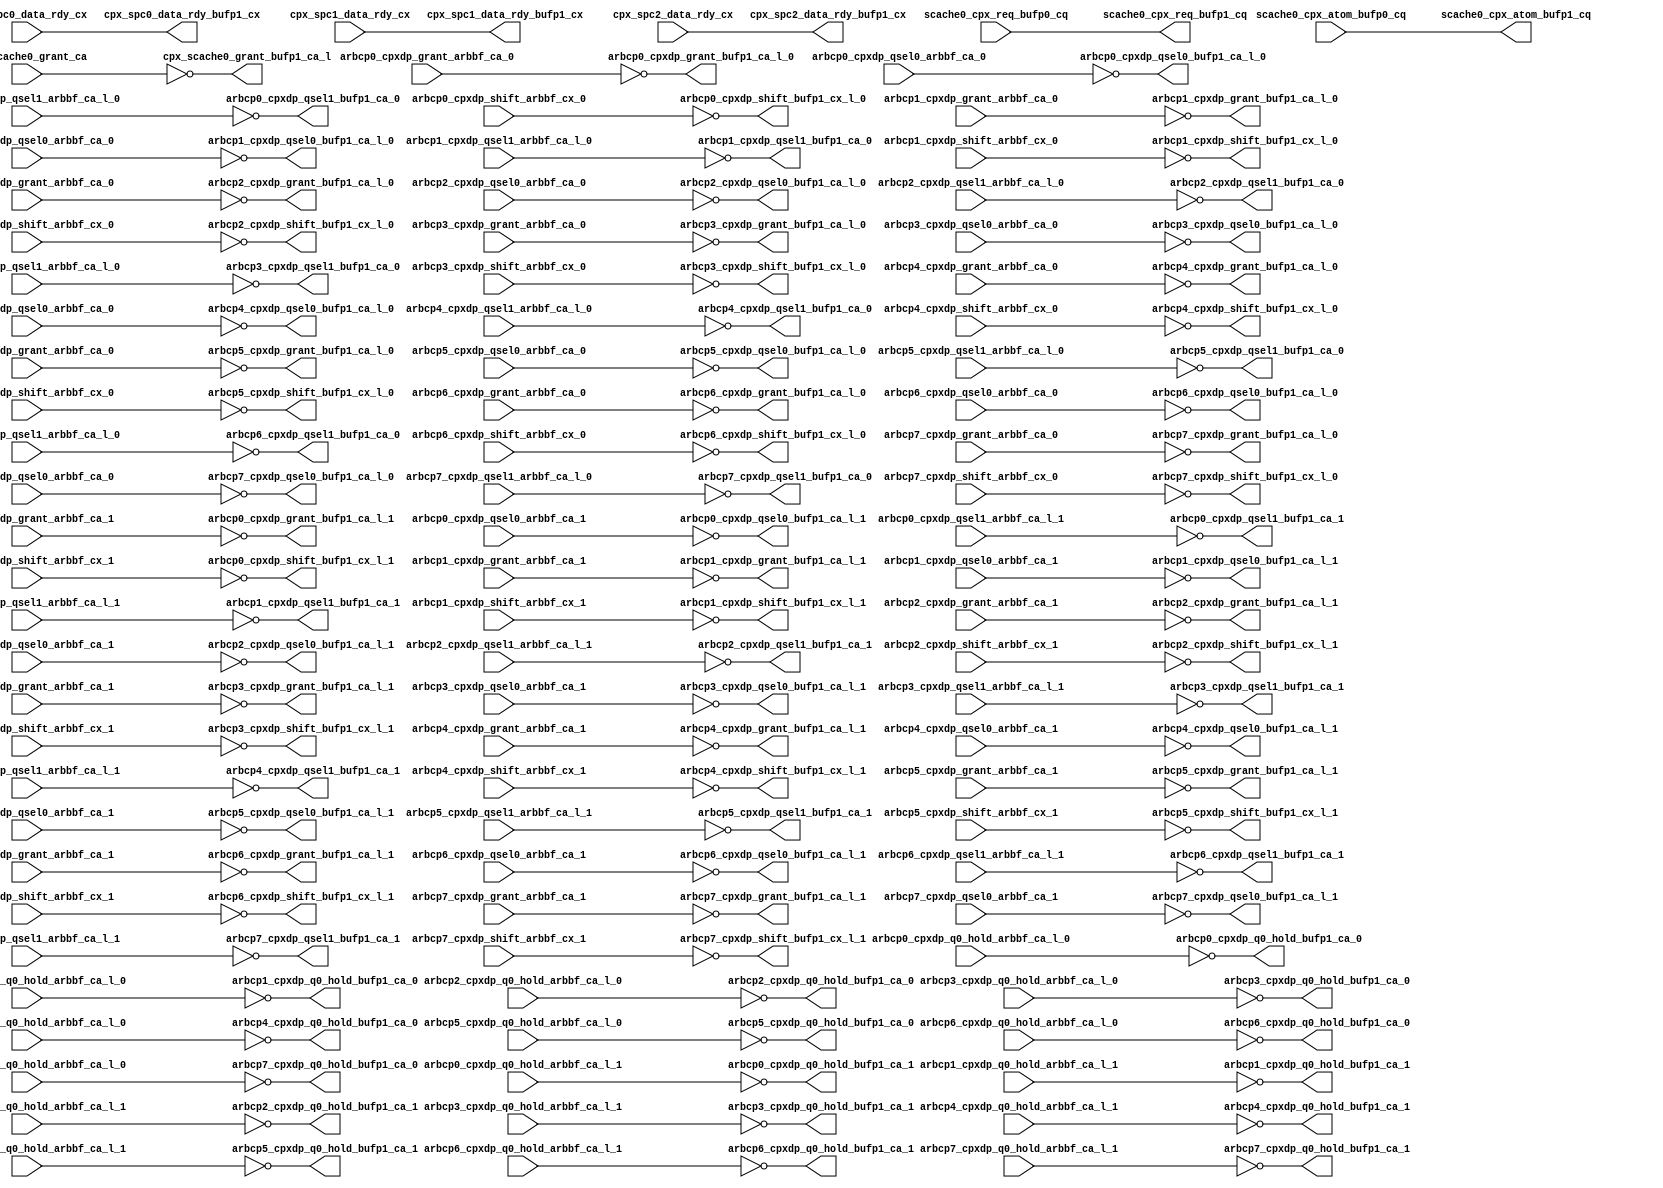
module cpx_buf_p1(/*AUTOARG*/
   // Outputs
   scache0_cpx_req_bufp1_cq, scache0_cpx_atom_bufp1_cq, 
   cpx_scache0_grant_bufp1_ca_l, cpx_spc0_data_rdy_bufp1_cx, 
   cpx_spc1_data_rdy_bufp1_cx, cpx_spc2_data_rdy_bufp1_cx, 
   arbcp0_cpxdp_grant_bufp1_ca_l_0, arbcp0_cpxdp_q0_hold_bufp1_ca_0, 
   arbcp0_cpxdp_qsel0_bufp1_ca_l_0, arbcp0_cpxdp_qsel1_bufp1_ca_0, 
   arbcp0_cpxdp_shift_bufp1_cx_l_0, arbcp1_cpxdp_grant_bufp1_ca_l_0, 
   arbcp1_cpxdp_q0_hold_bufp1_ca_0, arbcp1_cpxdp_qsel0_bufp1_ca_l_0, 
   arbcp1_cpxdp_qsel1_bufp1_ca_0, arbcp1_cpxdp_shift_bufp1_cx_l_0, 
   arbcp2_cpxdp_grant_bufp1_ca_l_0, arbcp2_cpxdp_q0_hold_bufp1_ca_0, 
   arbcp2_cpxdp_qsel0_bufp1_ca_l_0, arbcp2_cpxdp_qsel1_bufp1_ca_0, 
   arbcp2_cpxdp_shift_bufp1_cx_l_0, arbcp3_cpxdp_grant_bufp1_ca_l_0, 
   arbcp3_cpxdp_q0_hold_bufp1_ca_0, arbcp3_cpxdp_qsel0_bufp1_ca_l_0, 
   arbcp3_cpxdp_qsel1_bufp1_ca_0, arbcp3_cpxdp_shift_bufp1_cx_l_0, 
   arbcp4_cpxdp_grant_bufp1_ca_l_0, arbcp4_cpxdp_q0_hold_bufp1_ca_0, 
   arbcp4_cpxdp_qsel0_bufp1_ca_l_0, arbcp4_cpxdp_qsel1_bufp1_ca_0, 
   arbcp4_cpxdp_shift_bufp1_cx_l_0, arbcp5_cpxdp_grant_bufp1_ca_l_0, 
   arbcp5_cpxdp_q0_hold_bufp1_ca_0, arbcp5_cpxdp_qsel0_bufp1_ca_l_0, 
   arbcp5_cpxdp_qsel1_bufp1_ca_0, arbcp5_cpxdp_shift_bufp1_cx_l_0, 
   arbcp6_cpxdp_grant_bufp1_ca_l_0, arbcp6_cpxdp_q0_hold_bufp1_ca_0, 
   arbcp6_cpxdp_qsel0_bufp1_ca_l_0, arbcp6_cpxdp_qsel1_bufp1_ca_0, 
   arbcp6_cpxdp_shift_bufp1_cx_l_0, arbcp7_cpxdp_grant_bufp1_ca_l_0, 
   arbcp7_cpxdp_q0_hold_bufp1_ca_0, arbcp7_cpxdp_qsel0_bufp1_ca_l_0, 
   arbcp7_cpxdp_qsel1_bufp1_ca_0, arbcp7_cpxdp_shift_bufp1_cx_l_0, 
   arbcp0_cpxdp_grant_bufp1_ca_l_1, arbcp0_cpxdp_q0_hold_bufp1_ca_1, 
   arbcp0_cpxdp_qsel0_bufp1_ca_l_1, arbcp0_cpxdp_qsel1_bufp1_ca_1, 
   arbcp0_cpxdp_shift_bufp1_cx_l_1, arbcp1_cpxdp_grant_bufp1_ca_l_1, 
   arbcp1_cpxdp_q0_hold_bufp1_ca_1, arbcp1_cpxdp_qsel0_bufp1_ca_l_1, 
   arbcp1_cpxdp_qsel1_bufp1_ca_1, arbcp1_cpxdp_shift_bufp1_cx_l_1, 
   arbcp2_cpxdp_grant_bufp1_ca_l_1, arbcp2_cpxdp_q0_hold_bufp1_ca_1, 
   arbcp2_cpxdp_qsel0_bufp1_ca_l_1, arbcp2_cpxdp_qsel1_bufp1_ca_1, 
   arbcp2_cpxdp_shift_bufp1_cx_l_1, arbcp3_cpxdp_grant_bufp1_ca_l_1, 
   arbcp3_cpxdp_q0_hold_bufp1_ca_1, arbcp3_cpxdp_qsel0_bufp1_ca_l_1, 
   arbcp3_cpxdp_qsel1_bufp1_ca_1, arbcp3_cpxdp_shift_bufp1_cx_l_1, 
   arbcp4_cpxdp_grant_bufp1_ca_l_1, arbcp4_cpxdp_q0_hold_bufp1_ca_1, 
   arbcp4_cpxdp_qsel0_bufp1_ca_l_1, arbcp4_cpxdp_qsel1_bufp1_ca_1, 
   arbcp4_cpxdp_shift_bufp1_cx_l_1, arbcp5_cpxdp_grant_bufp1_ca_l_1, 
   arbcp5_cpxdp_q0_hold_bufp1_ca_1, arbcp5_cpxdp_qsel0_bufp1_ca_l_1, 
   arbcp5_cpxdp_qsel1_bufp1_ca_1, arbcp5_cpxdp_shift_bufp1_cx_l_1, 
   arbcp6_cpxdp_grant_bufp1_ca_l_1, arbcp6_cpxdp_q0_hold_bufp1_ca_1, 
   arbcp6_cpxdp_qsel0_bufp1_ca_l_1, arbcp6_cpxdp_qsel1_bufp1_ca_1, 
   arbcp6_cpxdp_shift_bufp1_cx_l_1, arbcp7_cpxdp_grant_bufp1_ca_l_1, 
   arbcp7_cpxdp_q0_hold_bufp1_ca_1, arbcp7_cpxdp_qsel0_bufp1_ca_l_1, 
   arbcp7_cpxdp_qsel1_bufp1_ca_1, arbcp7_cpxdp_shift_bufp1_cx_l_1, 
   // Inputs
   scache0_cpx_req_bufp0_cq, scache0_cpx_atom_bufp0_cq, 
   cpx_scache0_grant_ca, cpx_spc0_data_rdy_cx, cpx_spc1_data_rdy_cx, 
   cpx_spc2_data_rdy_cx, arbcp0_cpxdp_grant_arbbf_ca_0, 
   arbcp0_cpxdp_q0_hold_arbbf_ca_l_0, arbcp0_cpxdp_qsel0_arbbf_ca_0, 
   arbcp0_cpxdp_qsel1_arbbf_ca_l_0, arbcp0_cpxdp_shift_arbbf_cx_0, 
   arbcp1_cpxdp_grant_arbbf_ca_0, arbcp1_cpxdp_q0_hold_arbbf_ca_l_0, 
   arbcp1_cpxdp_qsel0_arbbf_ca_0, arbcp1_cpxdp_qsel1_arbbf_ca_l_0, 
   arbcp1_cpxdp_shift_arbbf_cx_0, arbcp2_cpxdp_grant_arbbf_ca_0, 
   arbcp2_cpxdp_q0_hold_arbbf_ca_l_0, arbcp2_cpxdp_qsel0_arbbf_ca_0, 
   arbcp2_cpxdp_qsel1_arbbf_ca_l_0, arbcp2_cpxdp_shift_arbbf_cx_0, 
   arbcp3_cpxdp_grant_arbbf_ca_0, arbcp3_cpxdp_q0_hold_arbbf_ca_l_0, 
   arbcp3_cpxdp_qsel0_arbbf_ca_0, arbcp3_cpxdp_qsel1_arbbf_ca_l_0, 
   arbcp3_cpxdp_shift_arbbf_cx_0, arbcp4_cpxdp_grant_arbbf_ca_0, 
   arbcp4_cpxdp_q0_hold_arbbf_ca_l_0, arbcp4_cpxdp_qsel0_arbbf_ca_0, 
   arbcp4_cpxdp_qsel1_arbbf_ca_l_0, arbcp4_cpxdp_shift_arbbf_cx_0, 
   arbcp5_cpxdp_grant_arbbf_ca_0, arbcp5_cpxdp_q0_hold_arbbf_ca_l_0, 
   arbcp5_cpxdp_qsel0_arbbf_ca_0, arbcp5_cpxdp_qsel1_arbbf_ca_l_0, 
   arbcp5_cpxdp_shift_arbbf_cx_0, arbcp6_cpxdp_grant_arbbf_ca_0, 
   arbcp6_cpxdp_q0_hold_arbbf_ca_l_0, arbcp6_cpxdp_qsel0_arbbf_ca_0, 
   arbcp6_cpxdp_qsel1_arbbf_ca_l_0, arbcp6_cpxdp_shift_arbbf_cx_0, 
   arbcp7_cpxdp_grant_arbbf_ca_0, arbcp7_cpxdp_q0_hold_arbbf_ca_l_0, 
   arbcp7_cpxdp_qsel0_arbbf_ca_0, arbcp7_cpxdp_qsel1_arbbf_ca_l_0, 
   arbcp7_cpxdp_shift_arbbf_cx_0, arbcp0_cpxdp_grant_arbbf_ca_1, 
   arbcp0_cpxdp_q0_hold_arbbf_ca_l_1, arbcp0_cpxdp_qsel0_arbbf_ca_1, 
   arbcp0_cpxdp_qsel1_arbbf_ca_l_1, arbcp0_cpxdp_shift_arbbf_cx_1, 
   arbcp1_cpxdp_grant_arbbf_ca_1, arbcp1_cpxdp_q0_hold_arbbf_ca_l_1, 
   arbcp1_cpxdp_qsel0_arbbf_ca_1, arbcp1_cpxdp_qsel1_arbbf_ca_l_1, 
   arbcp1_cpxdp_shift_arbbf_cx_1, arbcp2_cpxdp_grant_arbbf_ca_1, 
   arbcp2_cpxdp_q0_hold_arbbf_ca_l_1, arbcp2_cpxdp_qsel0_arbbf_ca_1, 
   arbcp2_cpxdp_qsel1_arbbf_ca_l_1, arbcp2_cpxdp_shift_arbbf_cx_1, 
   arbcp3_cpxdp_grant_arbbf_ca_1, arbcp3_cpxdp_q0_hold_arbbf_ca_l_1, 
   arbcp3_cpxdp_qsel0_arbbf_ca_1, arbcp3_cpxdp_qsel1_arbbf_ca_l_1, 
   arbcp3_cpxdp_shift_arbbf_cx_1, arbcp4_cpxdp_grant_arbbf_ca_1, 
   arbcp4_cpxdp_q0_hold_arbbf_ca_l_1, arbcp4_cpxdp_qsel0_arbbf_ca_1, 
   arbcp4_cpxdp_qsel1_arbbf_ca_l_1, arbcp4_cpxdp_shift_arbbf_cx_1, 
   arbcp5_cpxdp_grant_arbbf_ca_1, arbcp5_cpxdp_q0_hold_arbbf_ca_l_1, 
   arbcp5_cpxdp_qsel0_arbbf_ca_1, arbcp5_cpxdp_qsel1_arbbf_ca_l_1, 
   arbcp5_cpxdp_shift_arbbf_cx_1, arbcp6_cpxdp_grant_arbbf_ca_1, 
   arbcp6_cpxdp_q0_hold_arbbf_ca_l_1, arbcp6_cpxdp_qsel0_arbbf_ca_1, 
   arbcp6_cpxdp_qsel1_arbbf_ca_l_1, arbcp6_cpxdp_shift_arbbf_cx_1, 
   arbcp7_cpxdp_grant_arbbf_ca_1, arbcp7_cpxdp_q0_hold_arbbf_ca_l_1, 
   arbcp7_cpxdp_qsel0_arbbf_ca_1, arbcp7_cpxdp_qsel1_arbbf_ca_l_1, 
   arbcp7_cpxdp_shift_arbbf_cx_1
   );
   
   output [7:0]		scache0_cpx_req_bufp1_cq		        ;	
   output 		scache0_cpx_atom_bufp1_cq		        ;	
   output [7:0] 	cpx_scache0_grant_bufp1_ca_l;
   output     		cpx_spc0_data_rdy_bufp1_cx;
   output     		cpx_spc1_data_rdy_bufp1_cx;
   output     		cpx_spc2_data_rdy_bufp1_cx;
   
   output 		arbcp0_cpxdp_grant_bufp1_ca_l_0		;	
   output 		arbcp0_cpxdp_q0_hold_bufp1_ca_0		;
   output 		arbcp0_cpxdp_qsel0_bufp1_ca_l_0		;	
   output 		arbcp0_cpxdp_qsel1_bufp1_ca_0		;	
   output 		arbcp0_cpxdp_shift_bufp1_cx_l_0		;	

   output 		arbcp1_cpxdp_grant_bufp1_ca_l_0		;	
   output 		arbcp1_cpxdp_q0_hold_bufp1_ca_0		;
   output 		arbcp1_cpxdp_qsel0_bufp1_ca_l_0		;	
   output 		arbcp1_cpxdp_qsel1_bufp1_ca_0		;	
   output 		arbcp1_cpxdp_shift_bufp1_cx_l_0		;	

   output 		arbcp2_cpxdp_grant_bufp1_ca_l_0		;	
   output 		arbcp2_cpxdp_q0_hold_bufp1_ca_0		;
   output 		arbcp2_cpxdp_qsel0_bufp1_ca_l_0		;	
   output 		arbcp2_cpxdp_qsel1_bufp1_ca_0		;	
   output 		arbcp2_cpxdp_shift_bufp1_cx_l_0		;	

   output 		arbcp3_cpxdp_grant_bufp1_ca_l_0		;	
   output 		arbcp3_cpxdp_q0_hold_bufp1_ca_0		;
   output 		arbcp3_cpxdp_qsel0_bufp1_ca_l_0		;	
   output 		arbcp3_cpxdp_qsel1_bufp1_ca_0		;	
   output 		arbcp3_cpxdp_shift_bufp1_cx_l_0		;	

   output 		arbcp4_cpxdp_grant_bufp1_ca_l_0		;	
   output 		arbcp4_cpxdp_q0_hold_bufp1_ca_0		;
   output 		arbcp4_cpxdp_qsel0_bufp1_ca_l_0		;	
   output 		arbcp4_cpxdp_qsel1_bufp1_ca_0		;	
   output 		arbcp4_cpxdp_shift_bufp1_cx_l_0		;	

   output 		arbcp5_cpxdp_grant_bufp1_ca_l_0		;	
   output 		arbcp5_cpxdp_q0_hold_bufp1_ca_0		;
   output 		arbcp5_cpxdp_qsel0_bufp1_ca_l_0		;	
   output 		arbcp5_cpxdp_qsel1_bufp1_ca_0		;	
   output 		arbcp5_cpxdp_shift_bufp1_cx_l_0		;	

   output 		arbcp6_cpxdp_grant_bufp1_ca_l_0		;	
   output 		arbcp6_cpxdp_q0_hold_bufp1_ca_0		;
   output 		arbcp6_cpxdp_qsel0_bufp1_ca_l_0		;	
   output 		arbcp6_cpxdp_qsel1_bufp1_ca_0		;	
   output 		arbcp6_cpxdp_shift_bufp1_cx_l_0		;	

   output 		arbcp7_cpxdp_grant_bufp1_ca_l_0		;	
   output 		arbcp7_cpxdp_q0_hold_bufp1_ca_0		;
   output 		arbcp7_cpxdp_qsel0_bufp1_ca_l_0		;	
   output 		arbcp7_cpxdp_qsel1_bufp1_ca_0		;	
   output 		arbcp7_cpxdp_shift_bufp1_cx_l_0		;	


   input [7:0]		scache0_cpx_req_bufp0_cq;	
   input 		scache0_cpx_atom_bufp0_cq;	
   input [7:0] 	        cpx_scache0_grant_ca;
   input     		cpx_spc0_data_rdy_cx;
   input     		cpx_spc1_data_rdy_cx;
   input     		cpx_spc2_data_rdy_cx;
   
   
   input 		arbcp0_cpxdp_grant_arbbf_ca_0;	
   input 		arbcp0_cpxdp_q0_hold_arbbf_ca_l_0;
   input 		arbcp0_cpxdp_qsel0_arbbf_ca_0;	
   input 		arbcp0_cpxdp_qsel1_arbbf_ca_l_0;	
   input 		arbcp0_cpxdp_shift_arbbf_cx_0;	

   input 		arbcp1_cpxdp_grant_arbbf_ca_0;	
   input 		arbcp1_cpxdp_q0_hold_arbbf_ca_l_0;
   input 		arbcp1_cpxdp_qsel0_arbbf_ca_0;	
   input 		arbcp1_cpxdp_qsel1_arbbf_ca_l_0;	
   input 		arbcp1_cpxdp_shift_arbbf_cx_0;	

   input 		arbcp2_cpxdp_grant_arbbf_ca_0;	
   input 		arbcp2_cpxdp_q0_hold_arbbf_ca_l_0;
   input 		arbcp2_cpxdp_qsel0_arbbf_ca_0;	
   input 		arbcp2_cpxdp_qsel1_arbbf_ca_l_0;	
   input 		arbcp2_cpxdp_shift_arbbf_cx_0;	

   input 		arbcp3_cpxdp_grant_arbbf_ca_0;	
   input 		arbcp3_cpxdp_q0_hold_arbbf_ca_l_0;
   input 		arbcp3_cpxdp_qsel0_arbbf_ca_0;	
   input 		arbcp3_cpxdp_qsel1_arbbf_ca_l_0;	
   input 		arbcp3_cpxdp_shift_arbbf_cx_0;	

   input 		arbcp4_cpxdp_grant_arbbf_ca_0;	
   input 		arbcp4_cpxdp_q0_hold_arbbf_ca_l_0;
   input 		arbcp4_cpxdp_qsel0_arbbf_ca_0;	
   input 		arbcp4_cpxdp_qsel1_arbbf_ca_l_0;	
   input 		arbcp4_cpxdp_shift_arbbf_cx_0;	

   input 		arbcp5_cpxdp_grant_arbbf_ca_0;	
   input 		arbcp5_cpxdp_q0_hold_arbbf_ca_l_0;
   input 		arbcp5_cpxdp_qsel0_arbbf_ca_0;	
   input 		arbcp5_cpxdp_qsel1_arbbf_ca_l_0;	
   input 		arbcp5_cpxdp_shift_arbbf_cx_0;	

   input 		arbcp6_cpxdp_grant_arbbf_ca_0;	
   input 		arbcp6_cpxdp_q0_hold_arbbf_ca_l_0;
   input 		arbcp6_cpxdp_qsel0_arbbf_ca_0;	
   input 		arbcp6_cpxdp_qsel1_arbbf_ca_l_0;	
   input 		arbcp6_cpxdp_shift_arbbf_cx_0;	

   input 		arbcp7_cpxdp_grant_arbbf_ca_0;	
   input 		arbcp7_cpxdp_q0_hold_arbbf_ca_l_0;
   input 		arbcp7_cpxdp_qsel0_arbbf_ca_0;	
   input 		arbcp7_cpxdp_qsel1_arbbf_ca_l_0;	
   input 		arbcp7_cpxdp_shift_arbbf_cx_0;	
   

   output 		arbcp0_cpxdp_grant_bufp1_ca_l_1		;	
   output 		arbcp0_cpxdp_q0_hold_bufp1_ca_1		;
   output 		arbcp0_cpxdp_qsel0_bufp1_ca_l_1		;	
   output 		arbcp0_cpxdp_qsel1_bufp1_ca_1		;	
   output 		arbcp0_cpxdp_shift_bufp1_cx_l_1		;	

   output 		arbcp1_cpxdp_grant_bufp1_ca_l_1		;	
   output 		arbcp1_cpxdp_q0_hold_bufp1_ca_1		;
   output 		arbcp1_cpxdp_qsel0_bufp1_ca_l_1		;	
   output 		arbcp1_cpxdp_qsel1_bufp1_ca_1		;	
   output 		arbcp1_cpxdp_shift_bufp1_cx_l_1		;	

   output 		arbcp2_cpxdp_grant_bufp1_ca_l_1		;	
   output 		arbcp2_cpxdp_q0_hold_bufp1_ca_1		;
   output 		arbcp2_cpxdp_qsel0_bufp1_ca_l_1		;	
   output 		arbcp2_cpxdp_qsel1_bufp1_ca_1		;	
   output 		arbcp2_cpxdp_shift_bufp1_cx_l_1		;	

   output 		arbcp3_cpxdp_grant_bufp1_ca_l_1		;	
   output 		arbcp3_cpxdp_q0_hold_bufp1_ca_1		;
   output 		arbcp3_cpxdp_qsel0_bufp1_ca_l_1		;	
   output 		arbcp3_cpxdp_qsel1_bufp1_ca_1		;	
   output 		arbcp3_cpxdp_shift_bufp1_cx_l_1		;	

   output 		arbcp4_cpxdp_grant_bufp1_ca_l_1		;	
   output 		arbcp4_cpxdp_q0_hold_bufp1_ca_1		;
   output 		arbcp4_cpxdp_qsel0_bufp1_ca_l_1		;	
   output 		arbcp4_cpxdp_qsel1_bufp1_ca_1		;	
   output 		arbcp4_cpxdp_shift_bufp1_cx_l_1		;	

   output 		arbcp5_cpxdp_grant_bufp1_ca_l_1		;	
   output 		arbcp5_cpxdp_q0_hold_bufp1_ca_1		;
   output 		arbcp5_cpxdp_qsel0_bufp1_ca_l_1		;	
   output 		arbcp5_cpxdp_qsel1_bufp1_ca_1		;	
   output 		arbcp5_cpxdp_shift_bufp1_cx_l_1		;	

   output 		arbcp6_cpxdp_grant_bufp1_ca_l_1		;	
   output 		arbcp6_cpxdp_q0_hold_bufp1_ca_1		;
   output 		arbcp6_cpxdp_qsel0_bufp1_ca_l_1		;	
   output 		arbcp6_cpxdp_qsel1_bufp1_ca_1		;	
   output 		arbcp6_cpxdp_shift_bufp1_cx_l_1		;	

   output 		arbcp7_cpxdp_grant_bufp1_ca_l_1		;	
   output 		arbcp7_cpxdp_q0_hold_bufp1_ca_1		;
   output 		arbcp7_cpxdp_qsel0_bufp1_ca_l_1		;	
   output 		arbcp7_cpxdp_qsel1_bufp1_ca_1		;	
   output 		arbcp7_cpxdp_shift_bufp1_cx_l_1		;	


   input 		arbcp0_cpxdp_grant_arbbf_ca_1;	
   input 		arbcp0_cpxdp_q0_hold_arbbf_ca_l_1;
   input 		arbcp0_cpxdp_qsel0_arbbf_ca_1;	
   input 		arbcp0_cpxdp_qsel1_arbbf_ca_l_1;	
   input 		arbcp0_cpxdp_shift_arbbf_cx_1;	

   input 		arbcp1_cpxdp_grant_arbbf_ca_1;	
   input 		arbcp1_cpxdp_q0_hold_arbbf_ca_l_1;
   input 		arbcp1_cpxdp_qsel0_arbbf_ca_1;	
   input 		arbcp1_cpxdp_qsel1_arbbf_ca_l_1;	
   input 		arbcp1_cpxdp_shift_arbbf_cx_1;	

   input 		arbcp2_cpxdp_grant_arbbf_ca_1;	
   input 		arbcp2_cpxdp_q0_hold_arbbf_ca_l_1;
   input 		arbcp2_cpxdp_qsel0_arbbf_ca_1;	
   input 		arbcp2_cpxdp_qsel1_arbbf_ca_l_1;	
   input 		arbcp2_cpxdp_shift_arbbf_cx_1;	

   input 		arbcp3_cpxdp_grant_arbbf_ca_1;	
   input 		arbcp3_cpxdp_q0_hold_arbbf_ca_l_1;
   input 		arbcp3_cpxdp_qsel0_arbbf_ca_1;	
   input 		arbcp3_cpxdp_qsel1_arbbf_ca_l_1;	
   input 		arbcp3_cpxdp_shift_arbbf_cx_1;	

   input 		arbcp4_cpxdp_grant_arbbf_ca_1;	
   input 		arbcp4_cpxdp_q0_hold_arbbf_ca_l_1;
   input 		arbcp4_cpxdp_qsel0_arbbf_ca_1;	
   input 		arbcp4_cpxdp_qsel1_arbbf_ca_l_1;	
   input 		arbcp4_cpxdp_shift_arbbf_cx_1;	

   input 		arbcp5_cpxdp_grant_arbbf_ca_1;	
   input 		arbcp5_cpxdp_q0_hold_arbbf_ca_l_1;
   input 		arbcp5_cpxdp_qsel0_arbbf_ca_1;	
   input 		arbcp5_cpxdp_qsel1_arbbf_ca_l_1;	
   input 		arbcp5_cpxdp_shift_arbbf_cx_1;	

   input 		arbcp6_cpxdp_grant_arbbf_ca_1;	
   input 		arbcp6_cpxdp_q0_hold_arbbf_ca_l_1;
   input 		arbcp6_cpxdp_qsel0_arbbf_ca_1;	
   input 		arbcp6_cpxdp_qsel1_arbbf_ca_l_1;	
   input 		arbcp6_cpxdp_shift_arbbf_cx_1;	

   input 		arbcp7_cpxdp_grant_arbbf_ca_1;	
   input 		arbcp7_cpxdp_q0_hold_arbbf_ca_l_1;
   input 		arbcp7_cpxdp_qsel0_arbbf_ca_1;	
   input 		arbcp7_cpxdp_qsel1_arbbf_ca_l_1;	
   input 		arbcp7_cpxdp_shift_arbbf_cx_1;	
   


   assign		scache0_cpx_req_bufp1_cq[7:0]		=        scache0_cpx_req_bufp0_cq[7:0];
   assign 		scache0_cpx_atom_bufp1_cq			=        scache0_cpx_atom_bufp0_cq;
   assign 	        cpx_scache0_grant_bufp1_ca_l            =  ~cpx_scache0_grant_ca;
   assign     		cpx_spc0_data_rdy_bufp1_cx              =  cpx_spc0_data_rdy_cx;
   assign     		cpx_spc1_data_rdy_bufp1_cx              =  cpx_spc1_data_rdy_cx;
   assign     		cpx_spc2_data_rdy_bufp1_cx              =  cpx_spc2_data_rdy_cx;

								
   assign		arbcp0_cpxdp_grant_bufp1_ca_l_0	   =       ~  arbcp0_cpxdp_grant_arbbf_ca_0;      	
   assign		arbcp0_cpxdp_q0_hold_bufp1_ca_0	   =       ~ arbcp0_cpxdp_q0_hold_arbbf_ca_l_0;  
   assign		arbcp0_cpxdp_qsel0_bufp1_ca_l_0	   =       ~ arbcp0_cpxdp_qsel0_arbbf_ca_0;      
   assign		arbcp0_cpxdp_qsel1_bufp1_ca_0	   =       ~ arbcp0_cpxdp_qsel1_arbbf_ca_l_0;    
   assign		arbcp0_cpxdp_shift_bufp1_cx_l_0	   =       ~ arbcp0_cpxdp_shift_arbbf_cx_0;      
								                                                    
   assign		arbcp1_cpxdp_grant_bufp1_ca_l_0	   =       ~  arbcp1_cpxdp_grant_arbbf_ca_0;      	
   assign		arbcp1_cpxdp_q0_hold_bufp1_ca_0	   =       ~ arbcp1_cpxdp_q0_hold_arbbf_ca_l_0;  
   assign		arbcp1_cpxdp_qsel0_bufp1_ca_l_0	   =       ~ arbcp1_cpxdp_qsel0_arbbf_ca_0;      
   assign		arbcp1_cpxdp_qsel1_bufp1_ca_0	   =       ~ arbcp1_cpxdp_qsel1_arbbf_ca_l_0;    
   assign		arbcp1_cpxdp_shift_bufp1_cx_l_0	   =       ~ arbcp1_cpxdp_shift_arbbf_cx_0;      
								                                                    
   assign		arbcp2_cpxdp_grant_bufp1_ca_l_0	   =       ~  arbcp2_cpxdp_grant_arbbf_ca_0;      	
   assign		arbcp2_cpxdp_q0_hold_bufp1_ca_0	   =       ~ arbcp2_cpxdp_q0_hold_arbbf_ca_l_0;  
   assign		arbcp2_cpxdp_qsel0_bufp1_ca_l_0	   =       ~ arbcp2_cpxdp_qsel0_arbbf_ca_0;      
   assign		arbcp2_cpxdp_qsel1_bufp1_ca_0	   =       ~ arbcp2_cpxdp_qsel1_arbbf_ca_l_0;    
   assign		arbcp2_cpxdp_shift_bufp1_cx_l_0	   =       ~ arbcp2_cpxdp_shift_arbbf_cx_0;      
								                                                    
   assign		arbcp3_cpxdp_grant_bufp1_ca_l_0	   =       ~  arbcp3_cpxdp_grant_arbbf_ca_0;      	
   assign		arbcp3_cpxdp_q0_hold_bufp1_ca_0	   =       ~ arbcp3_cpxdp_q0_hold_arbbf_ca_l_0;  
   assign		arbcp3_cpxdp_qsel0_bufp1_ca_l_0	   =       ~ arbcp3_cpxdp_qsel0_arbbf_ca_0;      
   assign		arbcp3_cpxdp_qsel1_bufp1_ca_0	   =       ~ arbcp3_cpxdp_qsel1_arbbf_ca_l_0;    
   assign		arbcp3_cpxdp_shift_bufp1_cx_l_0	   =       ~ arbcp3_cpxdp_shift_arbbf_cx_0;      
								                                                    
   assign		arbcp4_cpxdp_grant_bufp1_ca_l_0	   =       ~  arbcp4_cpxdp_grant_arbbf_ca_0;      	
   assign		arbcp4_cpxdp_q0_hold_bufp1_ca_0	   =       ~ arbcp4_cpxdp_q0_hold_arbbf_ca_l_0;  
   assign		arbcp4_cpxdp_qsel0_bufp1_ca_l_0	   =       ~ arbcp4_cpxdp_qsel0_arbbf_ca_0;      
   assign		arbcp4_cpxdp_qsel1_bufp1_ca_0	   =       ~ arbcp4_cpxdp_qsel1_arbbf_ca_l_0;    
   assign		arbcp4_cpxdp_shift_bufp1_cx_l_0	   =       ~ arbcp4_cpxdp_shift_arbbf_cx_0;      
								                                                    
   assign		arbcp5_cpxdp_grant_bufp1_ca_l_0	   =       ~  arbcp5_cpxdp_grant_arbbf_ca_0;      	
   assign		arbcp5_cpxdp_q0_hold_bufp1_ca_0	   =       ~ arbcp5_cpxdp_q0_hold_arbbf_ca_l_0;  
   assign		arbcp5_cpxdp_qsel0_bufp1_ca_l_0	   =       ~ arbcp5_cpxdp_qsel0_arbbf_ca_0;      
   assign		arbcp5_cpxdp_qsel1_bufp1_ca_0	   =       ~ arbcp5_cpxdp_qsel1_arbbf_ca_l_0;    
   assign		arbcp5_cpxdp_shift_bufp1_cx_l_0	   =       ~ arbcp5_cpxdp_shift_arbbf_cx_0;         
								                                                    
   assign		arbcp6_cpxdp_grant_bufp1_ca_l_0	   =       ~  arbcp6_cpxdp_grant_arbbf_ca_0;      	
   assign		arbcp6_cpxdp_q0_hold_bufp1_ca_0	   =       ~ arbcp6_cpxdp_q0_hold_arbbf_ca_l_0;  
   assign		arbcp6_cpxdp_qsel0_bufp1_ca_l_0	   =       ~ arbcp6_cpxdp_qsel0_arbbf_ca_0;      
   assign		arbcp6_cpxdp_qsel1_bufp1_ca_0	   =       ~ arbcp6_cpxdp_qsel1_arbbf_ca_l_0;    
   assign		arbcp6_cpxdp_shift_bufp1_cx_l_0	   =       ~ arbcp6_cpxdp_shift_arbbf_cx_0;         
								                                                    
   assign		arbcp7_cpxdp_grant_bufp1_ca_l_0	   =       ~  arbcp7_cpxdp_grant_arbbf_ca_0;      	
   assign		arbcp7_cpxdp_q0_hold_bufp1_ca_0	   =       ~ arbcp7_cpxdp_q0_hold_arbbf_ca_l_0;  
   assign		arbcp7_cpxdp_qsel0_bufp1_ca_l_0	   =       ~ arbcp7_cpxdp_qsel0_arbbf_ca_0;      
   assign		arbcp7_cpxdp_qsel1_bufp1_ca_0	   =       ~ arbcp7_cpxdp_qsel1_arbbf_ca_l_0;    
   assign		arbcp7_cpxdp_shift_bufp1_cx_l_0	   =       ~ arbcp7_cpxdp_shift_arbbf_cx_0;         

   								
   assign		arbcp0_cpxdp_grant_bufp1_ca_l_1	   =       ~  arbcp0_cpxdp_grant_arbbf_ca_1;      	
   assign		arbcp0_cpxdp_q0_hold_bufp1_ca_1	   =       ~ arbcp0_cpxdp_q0_hold_arbbf_ca_l_1;  
   assign		arbcp0_cpxdp_qsel0_bufp1_ca_l_1	   =       ~ arbcp0_cpxdp_qsel0_arbbf_ca_1;      
   assign		arbcp0_cpxdp_qsel1_bufp1_ca_1	   =       ~ arbcp0_cpxdp_qsel1_arbbf_ca_l_1;    
   assign		arbcp0_cpxdp_shift_bufp1_cx_l_1	   =       ~ arbcp0_cpxdp_shift_arbbf_cx_1;      
								                                                    
   assign		arbcp1_cpxdp_grant_bufp1_ca_l_1	   =       ~  arbcp1_cpxdp_grant_arbbf_ca_1;      	
   assign		arbcp1_cpxdp_q0_hold_bufp1_ca_1	   =       ~ arbcp1_cpxdp_q0_hold_arbbf_ca_l_1;  
   assign		arbcp1_cpxdp_qsel0_bufp1_ca_l_1	   =       ~ arbcp1_cpxdp_qsel0_arbbf_ca_1;      
   assign		arbcp1_cpxdp_qsel1_bufp1_ca_1	   =       ~ arbcp1_cpxdp_qsel1_arbbf_ca_l_1;    
   assign		arbcp1_cpxdp_shift_bufp1_cx_l_1	   =       ~ arbcp1_cpxdp_shift_arbbf_cx_1;      
								                                                    
   assign		arbcp2_cpxdp_grant_bufp1_ca_l_1	   =       ~  arbcp2_cpxdp_grant_arbbf_ca_1;      	
   assign		arbcp2_cpxdp_q0_hold_bufp1_ca_1	   =       ~ arbcp2_cpxdp_q0_hold_arbbf_ca_l_1;  
   assign		arbcp2_cpxdp_qsel0_bufp1_ca_l_1	   =       ~ arbcp2_cpxdp_qsel0_arbbf_ca_1;      
   assign		arbcp2_cpxdp_qsel1_bufp1_ca_1	   =       ~ arbcp2_cpxdp_qsel1_arbbf_ca_l_1;    
   assign		arbcp2_cpxdp_shift_bufp1_cx_l_1	   =       ~ arbcp2_cpxdp_shift_arbbf_cx_1;      
								                                                    
   assign		arbcp3_cpxdp_grant_bufp1_ca_l_1	   =       ~  arbcp3_cpxdp_grant_arbbf_ca_1;      	
   assign		arbcp3_cpxdp_q0_hold_bufp1_ca_1	   =       ~ arbcp3_cpxdp_q0_hold_arbbf_ca_l_1;  
   assign		arbcp3_cpxdp_qsel0_bufp1_ca_l_1	   =       ~ arbcp3_cpxdp_qsel0_arbbf_ca_1;      
   assign		arbcp3_cpxdp_qsel1_bufp1_ca_1	   =       ~ arbcp3_cpxdp_qsel1_arbbf_ca_l_1;    
   assign		arbcp3_cpxdp_shift_bufp1_cx_l_1	   =       ~ arbcp3_cpxdp_shift_arbbf_cx_1;      
								                                                    
   assign		arbcp4_cpxdp_grant_bufp1_ca_l_1	   =       ~  arbcp4_cpxdp_grant_arbbf_ca_1;      	
   assign		arbcp4_cpxdp_q0_hold_bufp1_ca_1	   =       ~ arbcp4_cpxdp_q0_hold_arbbf_ca_l_1;  
   assign		arbcp4_cpxdp_qsel0_bufp1_ca_l_1	   =       ~ arbcp4_cpxdp_qsel0_arbbf_ca_1;      
   assign		arbcp4_cpxdp_qsel1_bufp1_ca_1	   =       ~ arbcp4_cpxdp_qsel1_arbbf_ca_l_1;    
   assign		arbcp4_cpxdp_shift_bufp1_cx_l_1	   =       ~ arbcp4_cpxdp_shift_arbbf_cx_1;      
								                                                    
   assign		arbcp5_cpxdp_grant_bufp1_ca_l_1	   =       ~  arbcp5_cpxdp_grant_arbbf_ca_1;      	
   assign		arbcp5_cpxdp_q0_hold_bufp1_ca_1	   =       ~ arbcp5_cpxdp_q0_hold_arbbf_ca_l_1;  
   assign		arbcp5_cpxdp_qsel0_bufp1_ca_l_1	   =       ~ arbcp5_cpxdp_qsel0_arbbf_ca_1;      
   assign		arbcp5_cpxdp_qsel1_bufp1_ca_1	   =       ~ arbcp5_cpxdp_qsel1_arbbf_ca_l_1;    
   assign		arbcp5_cpxdp_shift_bufp1_cx_l_1	   =       ~ arbcp5_cpxdp_shift_arbbf_cx_1;         
								                                                    
   assign		arbcp6_cpxdp_grant_bufp1_ca_l_1	   =       ~  arbcp6_cpxdp_grant_arbbf_ca_1;      	
   assign		arbcp6_cpxdp_q0_hold_bufp1_ca_1	   =       ~ arbcp6_cpxdp_q0_hold_arbbf_ca_l_1;  
   assign		arbcp6_cpxdp_qsel0_bufp1_ca_l_1	   =       ~ arbcp6_cpxdp_qsel0_arbbf_ca_1;      
   assign		arbcp6_cpxdp_qsel1_bufp1_ca_1	   =       ~ arbcp6_cpxdp_qsel1_arbbf_ca_l_1;    
   assign		arbcp6_cpxdp_shift_bufp1_cx_l_1	   =       ~ arbcp6_cpxdp_shift_arbbf_cx_1;         
								                                                    
   assign		arbcp7_cpxdp_grant_bufp1_ca_l_1	   =       ~  arbcp7_cpxdp_grant_arbbf_ca_1;      	
   assign		arbcp7_cpxdp_q0_hold_bufp1_ca_1	   =       ~ arbcp7_cpxdp_q0_hold_arbbf_ca_l_1;  
   assign		arbcp7_cpxdp_qsel0_bufp1_ca_l_1	   =       ~ arbcp7_cpxdp_qsel0_arbbf_ca_1;      
   assign		arbcp7_cpxdp_qsel1_bufp1_ca_1	   =       ~ arbcp7_cpxdp_qsel1_arbbf_ca_l_1;    
   assign		arbcp7_cpxdp_shift_bufp1_cx_l_1	   =       ~ arbcp7_cpxdp_shift_arbbf_cx_1;         

   								
endmodule